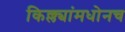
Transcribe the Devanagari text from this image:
किल्ल्यांमधोनच